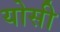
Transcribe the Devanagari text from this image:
योसी